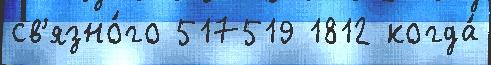
св'язно́го 517519 1812 когда́